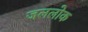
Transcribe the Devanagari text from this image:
जललोक